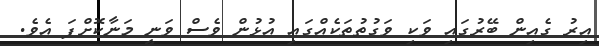
އިރު ގެއިން ބޭރުގައި ވަކި ވަގުތުތަކެއްގައި އުޅުން ވެސް ވަނީ މަނާކޮށްފަ އެވެ.